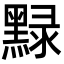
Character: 𪑔